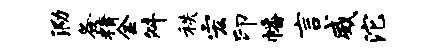
泐各精金舛秩宏印幡言威沱